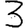
Digit: 3